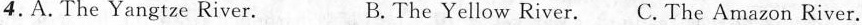
4.A.The Yangtze River. B. The Yellow River.C. The Amazon River.